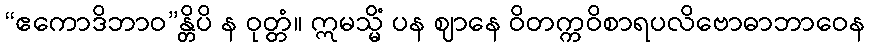
“ဧကောဒိဘာဝ”န္တိပိ န ဝုတ္တံ။ ဣမသ္မိံ ပန ဈာနေ ဝိတက္ကဝိစာရပလိဗောဓာဘာဝေန